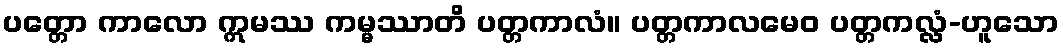
ပတ္တော ကာလော ဣမဿ ကမ္မဿာတိ ပတ္တကာလံ။ ပတ္တကာလမေဝ ပတ္တကလ္လံ-ဟူသော